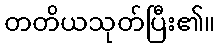
တတိယသုတ်ပြီး၏။